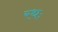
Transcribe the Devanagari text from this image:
रथः